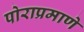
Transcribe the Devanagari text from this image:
पोराप्रमाणे